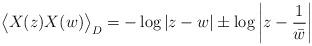
LaTeX: \begin{align*}\big\langle X(z)X(w) \big\rangle_D = -\log |z-w| \pm \log \left|z-\frac1{\bar{w}}\right|\end{align*}